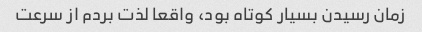
زمان رسیدن بسیار کوتاه بود، واقعا لذت بردم از سرعت